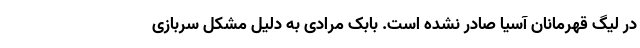
در لیگ قهرمانان آسیا صادر نشده است. بابک مرادی به دلیل مشکل سربازی